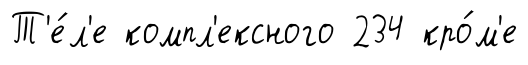
Т'е́л'е компл'ексного 234 кро́м'е